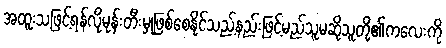
အထူးသဖြင့်ရန်လိုမုန်းတီးမှုဖြစ်စေနိုင်သည့်နည်းဖြင့်မည်သူမဆိုသူတို့၏ကလေးကို